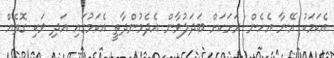
އެކަމަކު އޭނާ އެހެން ރަށަކަށް ބަދަލުވާން އެދެމުންދާތީ އެކަމުގައި އަދި ވަކި ގޮތެއް